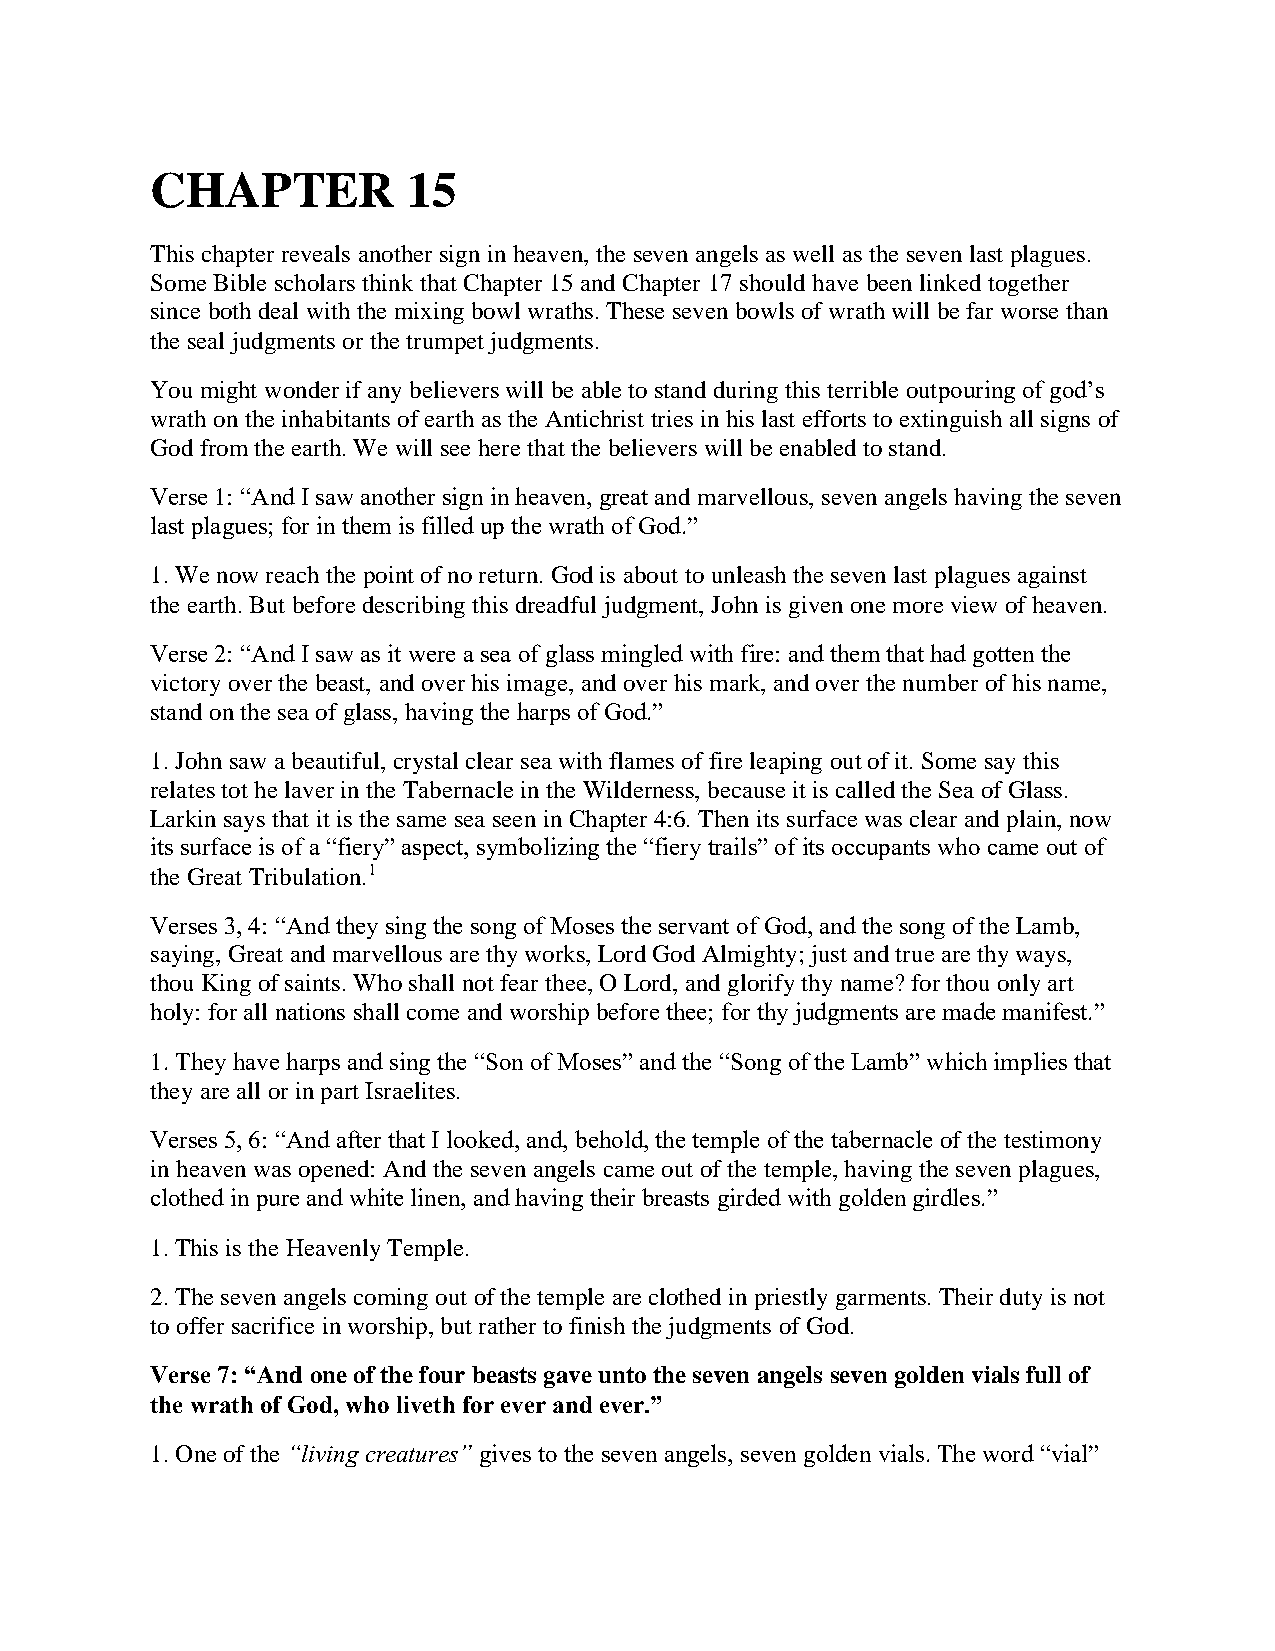
CHAPTER          15
 This chapter reveals another sign in heaven, the seven angels as well as the seven last plagues.
 Some Bible scholars think that Chapter 15 and Chapter 17 should have been linked together
 since both deal with the mixing bowl wraths. These seven bowls of wrath will be far worse than
 the seal judgments or the trumpet judgments.
 You might wonder if any believers will be able to stand during this terrible outpouring of god’s
 wrath on the inhabitants of earth as the Antichrist tries in his last efforts to extinguish all signs of
 God from the earth. We will see here that the believers will be enabled to stand.
 Verse 1: “And I saw another sign in heaven, great and marvellous, seven angels having the seven
 last plagues; for in them is filled up the wrath of God.”
 1. We now reach the point of no return. God is about to unleash the seven last plagues against
 the earth. But before describing this dreadful judgment, John is given one more view of heaven.
 Verse 2: “And I saw as it were a sea of glass mingled with fire: and them that had gotten the
 victory over the beast, and over his image, and over his mark, and over the number of his name,
 stand on the sea of glass, having the harps of God.”
 1. John saw a beautiful, crystal clear sea with flames of fire leaping out of it. Some say this
 relates tot he laver in the Tabernacle in the Wilderness, because it is called the Sea of Glass.
 Larkin says that it is the same sea seen in Chapter 4:6. Then its surface was clear and plain, now
 its surface is of a “fiery” aspect, symbolizing the “fiery trails” of its occupants who came out of
 the Great Tribulation.1
 Verses 3, 4: “And they sing the song of Moses the servant of God, and the song of the Lamb,
 saying, Great and marvellous are thy works, Lord God Almighty; just and true are thy ways,
 thou King of saints. Who shall not fear thee, O Lord, and glorify thy name? for thou only art
 holy: for all nations shall come and worship before thee; for thy judgments are made manifest.”
 1. They have harps and sing the “Son of Moses” and the “Song of the Lamb” which implies that
 they are all or in part Israelites.
 Verses 5, 6: “And after that I looked, and, behold, the temple of the tabernacle of the testimony
 in heaven was opened: And the seven angels came out of the temple, having the seven plagues,
 clothed in pure and white linen, and having their breasts girded with golden girdles.”
 1. This is the Heavenly Temple.
 2. The seven angels coming out of the temple are clothed in priestly garments. Their duty is not
 to offer sacrifice in worship, but rather to finish the judgments of God.
 Verse 7: “And one of the four beasts gave unto the seven angels seven golden vials full of
 the wrath of God, who liveth for ever and ever.”
 1. One of the “living creatures” gives to the seven angels, seven golden vials. The word “vial”